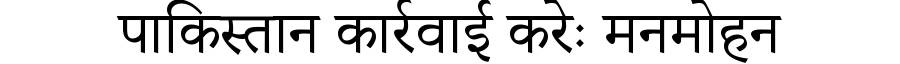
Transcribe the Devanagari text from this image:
पाकिस्तान कार्रवाई करेः मनमोहन